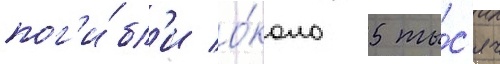
пог'и́бл'и о́коло 5 ты́с'яч